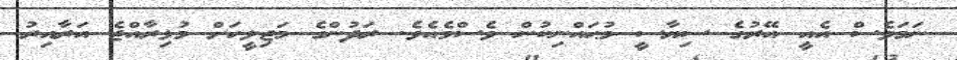
ނަމަވެސް އެއީ އޭރުގެ ސިޔާސީ މުޙައްނިކުން ވެސްމެއެވެ. ރަދުންގެ މަޖިލީހަށް މުޅިރާއްޖެ އަރާއިރު